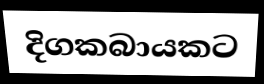
දිගකබායකට